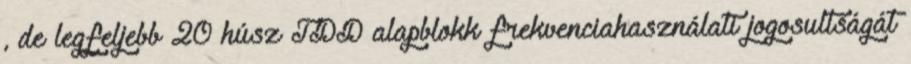
, de legfeljebb 20 húsz TDD alapblokk frekvenciahasználati jogosultságát